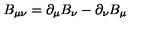
B _ { \mu \nu } = \partial _ { \mu } B _ { \nu } - \partial _ { \nu } B _ { \mu }